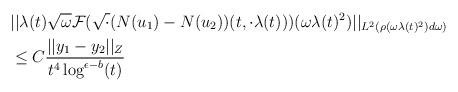
LaTeX: \begin{align*} &||\lambda(t) \sqrt{\omega} \mathcal{F}(\sqrt{\cdot}(N(u_{1})-N(u_{2}))(t,\cdot \lambda(t)))(\omega \lambda(t)^{2})||_{L^{2}(\rho(\omega \lambda(t)^{2})d\omega)}\\&\leq C \frac{||y_{1}-y_{2}||_{Z}}{t^{4}\log^{\epsilon -b}(t)}\end{align*}